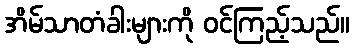
အိမ်သာတံခါးများကို ဝင်ကြည့်သည်။